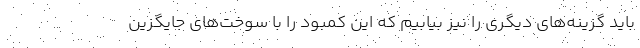
باید گزینه‌های دیگری را نیز بیابیم که این کمبود را با سوخت‌های جایگزین